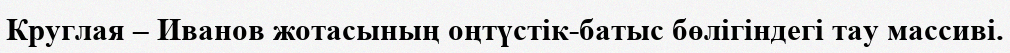
Круглая – Иванов жотасының оңтүстік-батыс бөлігіндегі тау массиві.